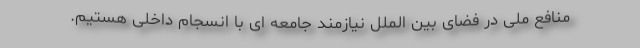
منافع ملی در فضای بین الملل نیازمند جامعه ای با انسجام داخلی هستیم.